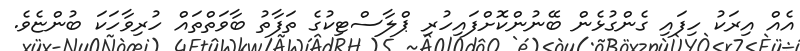
އެއް އިރަކު ހިފައި ގެންގުޅެން ބޭނުންކޮށްފައިހުރި ޕްލާސްޓިކުގެ ތަފާތު ބާވަތްތައް ހުރިވާހަކަ ބުންޏެވެ.